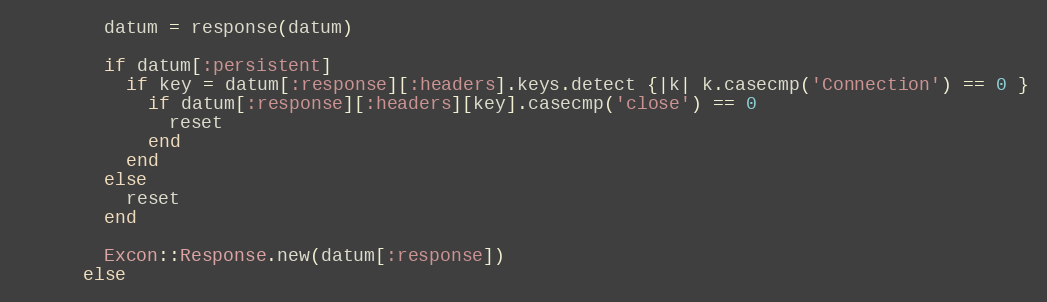
Language: Ruby
        datum = response(datum)

        if datum[:persistent]
          if key = datum[:response][:headers].keys.detect {|k| k.casecmp('Connection') == 0 }
            if datum[:response][:headers][key].casecmp('close') == 0
              reset
            end
          end
        else
          reset
        end

        Excon::Response.new(datum[:response])
      else